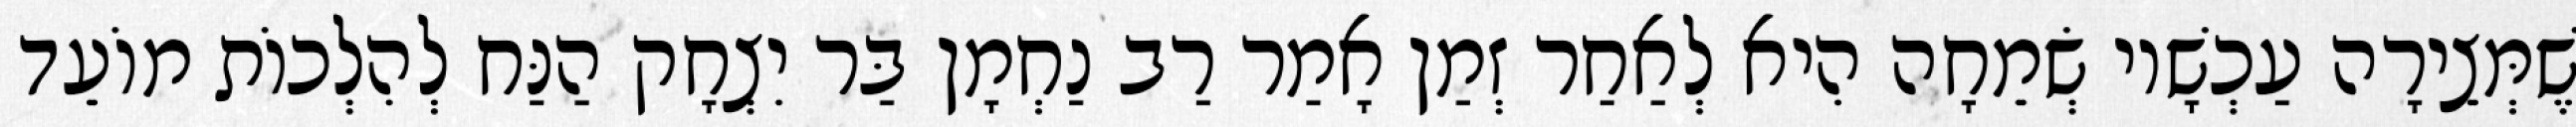
שֶׁמְּצֵירָה עַכְשָׁיו שְׂמֵחָה הִיא לְאַחַר זְמַן אָמַר רַב נַחְמָן בַּר יִצְחָק הַנַּח לְהִלְכוֹת מוֹעֵד